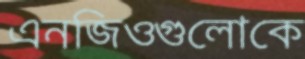
এনজিওগুলোকে